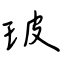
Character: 玻